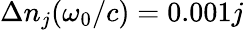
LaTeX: \Delta n_{j}(\omega_{0}/c)=0.001j